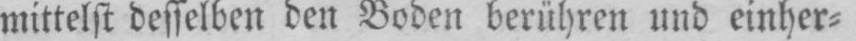
mittelst desselben den Boden berühren und einher⸗